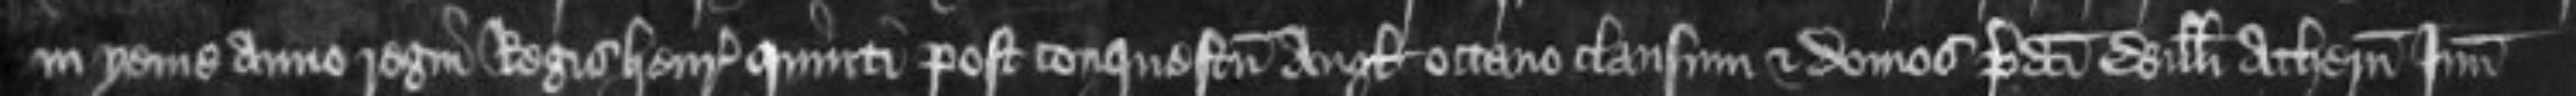
in yeme anno regni Regis Henrici quinti post conquestum Anglie octavo clausum et domos predicti Willelmi Athern Junioris